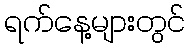
ရက်နေ့များတွင်